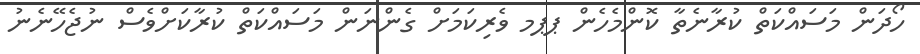
ހޯދަން މަސައްކަތް ކުރާނެތާ ކޮންމެހެން ޕޕމ ވެރިކަމަށް ގެންނަން މަސައްކަތް ކުރާކަށްވެސް ނުޖެހޭނެނު